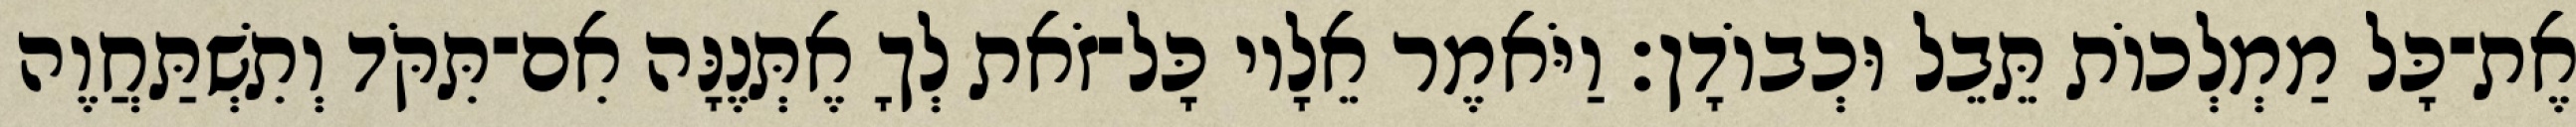
אֶת־כָּל מַמְלְכוֹת תֵּבֵל וּכְבוֹדָן׃ וַיֹּאמֶר אֵלָיו כָּל־זֹאת לְךָ אֶתְּנֶנָּה אִם־תִּקֹּד וְתִשְׁתַּחֲוֶה